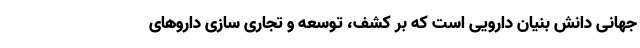
جهانی دانش بنیان دارویی است که بر کشف، توسعه و تجاری سازی داروهای